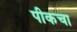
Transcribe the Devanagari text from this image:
पीकचा